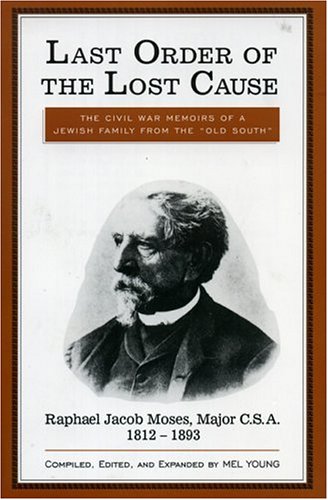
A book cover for Last Order of the Lost Cause: The True Story of a Jewish Family in the 'Old South': Raphael Jacob Moses, Major C.S.A., 1812-1893; Mel Young; History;